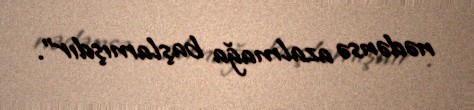
nədənsə azalmağa başlamışdır".